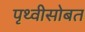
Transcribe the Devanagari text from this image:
पृथ्वीसोबत